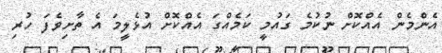
އެންމެން އެއްކޮށް ނުކުމެ ގައުމީ ކަމެއްގަ އެއްކޮށް އުޅެލީމަ އެ ތާށިވެފަ ހުރި